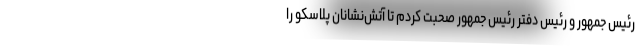
رئیس جمهور و رئیس دفتر رئیس جمهور صحبت کردم تا آتش‌نشانان پلاسکو را